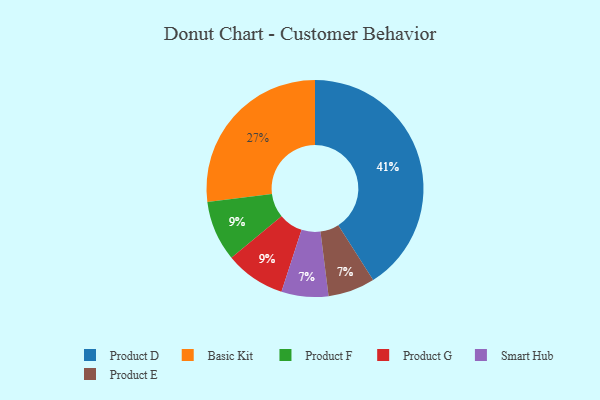
{"axis": {"x": "Category", "y": "Percentage"}, "legend": ["Basic Kit", "Product D", "Product E", "Product F", "Product G", "Smart Hub"], "data": [{"x": "Basic Kit", "y": 27, "type": "Basic Kit"}, {"x": "Smart Hub", "y": 7, "type": "Smart Hub"}, {"x": "Product F", "y": 9, "type": "Product F"}, {"x": "Product G", "y": 9, "type": "Product G"}, {"x": "Product D", "y": 41, "type": "Product D"}, {"x": "Product E", "y": 7, "type": "Product E"}]}